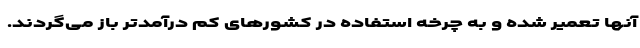
آنها تعمیر شده و به چرخه استفاده در کشورهای کم درآمدتر باز می‌گردند.